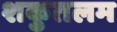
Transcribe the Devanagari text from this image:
शकुतलम